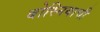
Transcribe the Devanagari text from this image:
बोस्नियाची